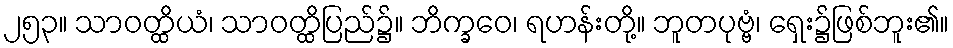
၂၅၃။ သာဝတ္ထိယံ၊ သာဝတ္ထိပြည်၌။ ဘိက္ခဝေ၊ ရဟန်းတို့။ ဘူတပုဗ္ဗံ၊ ရှေး၌ဖြစ်ဘူး၏။